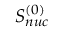
S _ { n u c } ^ { ( 0 ) }